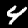
Digit: 4